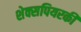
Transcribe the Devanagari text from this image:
शेक्सपियरकी